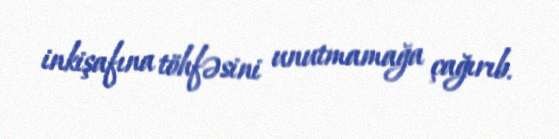
inkişafına töhfəsini unutmamağa çağırıb.